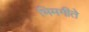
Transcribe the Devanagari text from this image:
भिमगीते